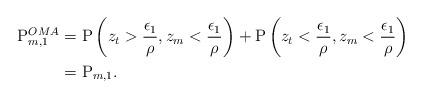
LaTeX: \begin{align*} \mathrm{P}^{OMA}_{m,1} &= \mathrm{P}\left( z_t>\frac{\epsilon_1}{\rho }, z_m<\frac{\epsilon_1}{\rho } \right)+ \mathrm{P}\left( z_t<\frac{\epsilon_1}{\rho }, z_m<\frac{\epsilon_1}{\rho } \right) \\ &=\mathrm{P}_{m,1}. \end{align*}